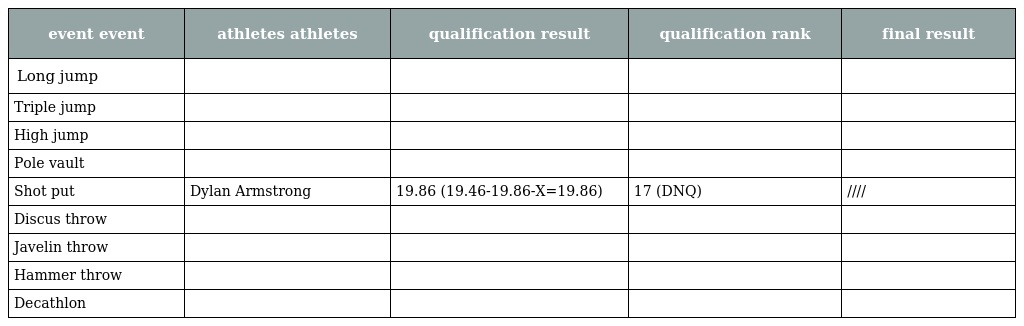
| event event | athletes athletes | qualification result | qualification rank | final result |
 | --- | --- | --- | --- | --- |
 | Long jump |  |  |  |  |
 | Triple jump |  |  |  |  |
 | High jump |  |  |  |  |
 | Pole vault |  |  |  |  |
 | Shot put | Dylan Armstrong | 19.86 (19.46-19.86-X=19.86) | 17 (DNQ) | //// |
 | Discus throw |  |  |  |  |
 | Javelin throw |  |  |  |  |
 | Hammer throw |  |  |  |  |
 | Decathlon |  |  |  |  |